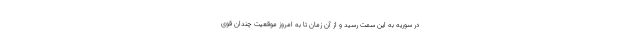
در سوریه به این سمت رسید و از آن زمان تا به امروز موقعیت چندان قوی